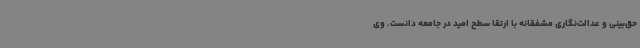
حق‌بینی و عدالت‌نگاری مشفقانه با ارتقا سطح امید در جامعه دانست. وی